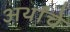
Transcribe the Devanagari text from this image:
अर्थांचे